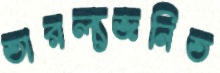
তারল্যজনিত